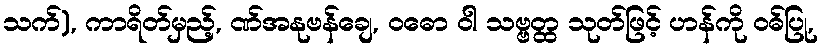
သက်), ကာရိတ်မှည့်, ဏ်အနုဗန်ချေ, ဝဓော ဝါ သဗ္ဗတ္ထ သုတ်ဖြင့် ဟန်ကို ဝဓ်ပြု,